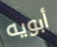
أبويه